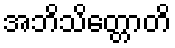
အဘိသိတ္တောတိ